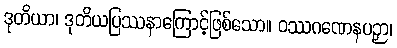
ဒုတိယာ၊ ဒုတိယပြဿနာကြောင့်ဖြစ်သော။ ဝဿဂဏေနပဉှာ၊